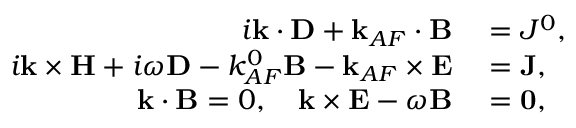
\begin{array} { r l } { i \mathbf { k } \cdot \mathbf { { D } } + \mathbf { k } _ { A F } \cdot \mathbf { { B } } } & { { } = J ^ { 0 } , } \\ { i \mathbf { k } \times \mathbf { { H } } + i \omega \mathbf { { D } } - k _ { A F } ^ { 0 } \mathbf { { B } } - \mathbf { k } _ { A F } \times \mathbf { { E } } } & { { } = \mathbf { { J } } , } \\ { \mathbf { k } \cdot \mathbf { { B } } = 0 , \quad \mathbf { k } \times \mathbf { { E } } - \omega \mathbf { { B } } } & { { } = \bf { 0 } , } \end{array}